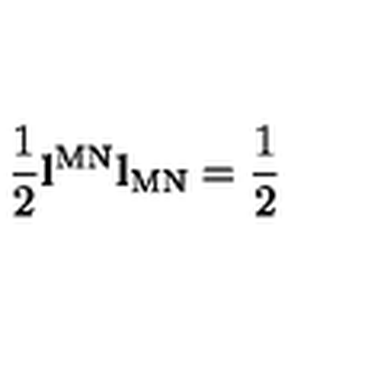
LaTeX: \frac { 1 } { 2 } \mathbf { l } ^ { \mathrm { M N } } \mathbf { l } _ { \mathrm { M N } } = \frac { 1 } { 2 }